Sketch of the medical history of the native army of Bombay, for the year
Year: 1875
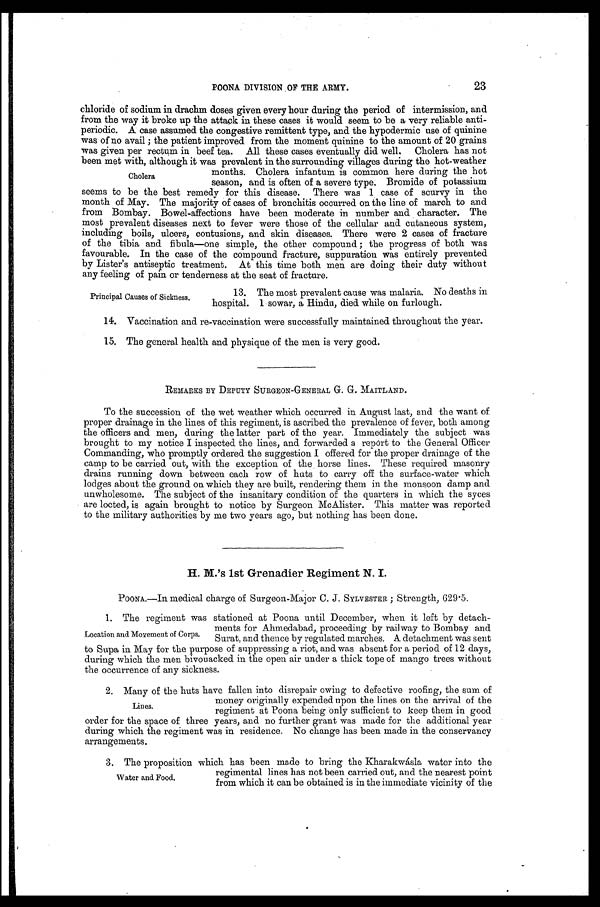
23
POONA DIVISION OF THE ARMY.
chloride of sodium in drachm doses given every hour during the period of intermission, and
from the way it broke up the attack in these cases it would seem to be a very reliable anti
-periodic. A case assumed the congestive remittent type, and the hypodermic use of quinine
was of no avail; the patient improved from the moment quinine to the amount of 20 grains
was given per rectum in beef tea. All these cases eventually did well. Cholera has not
been met with, although it was prevalent in the surrounding villages during the hot-weather
months. Cholera infantum is common here during the hot
season, and is often of a severe type. Bromide of potassium
seems to be the best remedy for this disease. There was 1 case of scurvy in the
month of May. The majority of cases of bronchitis occurred on the line of march to and
from Bombay. Bowel-affections have been moderate in number and character. The
most prevalent diseases next to fever were those of the cellular and cutaneous system,
including boils, ulcers, contusions, and skin diseases. There were 2 cases of fracture
of the tibia and fibula—one simple, the other compound; the progress of both was
favourable. In the case of the compound fracture, suppuration was entirely prevented
by Lister's antiseptic treatment. At this time both men are doing their duty without
any feeling of pain or tenderness at the seat of fracture.
Cholera
Principal Causes of Sickness.
13. The most prevalent cause was malaria. No deaths in
hospital. 1 sowar, a Hindu, died while on furlough.
14. Vaccination and re-vaccination were successfully maintained throughout the year.
15. The general health and physique of the men is very good.
REMARKS BY DEPUTY SURGEON-GENERAL G. G. MAITLAND.
To the succession of the wet weather which occurred in August last, and the want of
proper drainage in the lines of this regiment, is ascribed the prevalence of fever, both among
the officers and men, during the latter part of the year. Immediately the subject was
brought to my notice I inspected the lines, and forwarded a report to the General Officer
Commanding, who promptly ordered the suggestion I offered for the proper drainage of the
camp to be carried out, with the exception of the horse lines. These required masonry
drains running down between each row of huts to carry off the surface-water which
lodges about the ground on which they are built, rendering them in the monsoon damp and
unwholesome. The subject of the insanitary condition of the quarters in which the syces
are locted, is again brought to notice by Surgeon McAlister. This matter was reported
to the military authorities by me two years ago, but nothing has been done.
H. M.'s 1st Grenadier Regiment N. I.
POONA.—In medical charge of Surgeon-Major C. J. SYLVESTER; Strength, 629.5.
1. The regiment was stationed at Poona until December, when it left by detach
-
ments for Ahmedabad, proceeding by railway to Bombay and
Surat, and thence by regulated marches. A detachment was sent
to Supa in May for the purpose of suppressing a riot, and was absent for a period of 12 days,
during which the men bivouacked in the open air under a thick tope of mango trees without
the occurrence of any sickness.
2. Many of the huts have fallen into disrepair owing to defective roofing, the sum of
money originally expended upon the lines on the arrival of the
regiment at Poona being only sufficient to keep them in good
order for the space of three years, and no further grant was made for the additional year
during which the regiment was in residence. No change has been made in the conservancy
arrangements.
Location and Movement of Corps.
Lines.
3. The proposition which has been made to bring the Kharakwásla water into the
regimental lines has not been carried out, and the nearest point
from which it can be obtained is in the immediate vicinity of the
Water and Food.